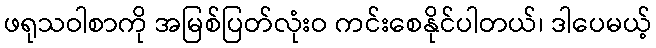
ဖရုသဝါစာကို အမြစ်ပြတ်လုံးဝ ကင်းစေနိုင်ပါတယ်၊ ဒါပေမယ့်